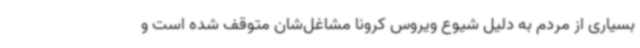
بسیاری از مردم به دلیل شیوع ویروس کرونا مشاغل‌شان متوقف شده است و